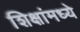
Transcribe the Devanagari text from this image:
शिक्षांमध्ये